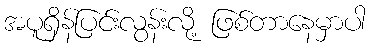
အပူရှိန်ပြင်းလွန်းလို့ ဖြစ်တာနေမှာပါ